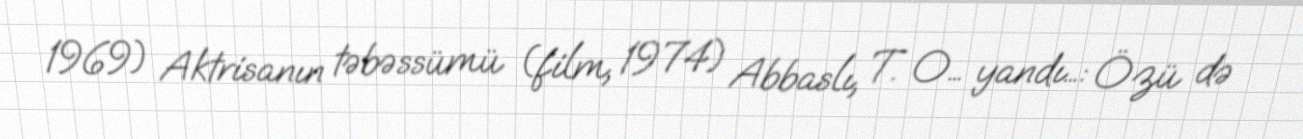
1969) Aktrisanın təbəssümü (film, 1974) Abbaslı, T. O… yandı…: Özü də